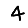
Digit: 4